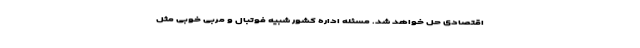
اقتصادی حل خواهد شد. مسئله اداره کشور شبیه فوتبال و مربی خوبی مثل